Plague in India, 1896, 1897 - Volume 2
Year: 1896
Disease focus: Plague
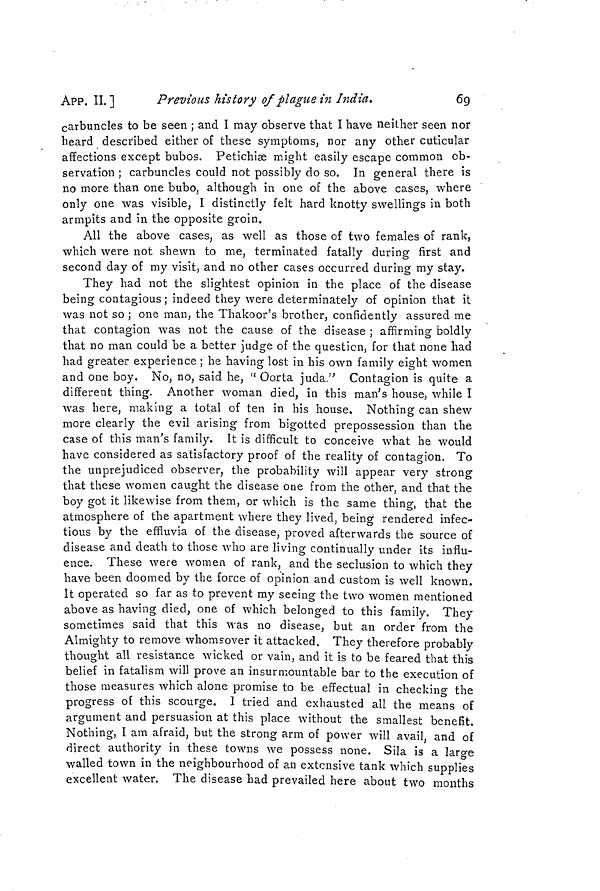
APP. II, ]
Previous history of plague in India.
69
carbuncles to be seen ; and I may observe that I have neither seen nor
heard described either of these symptoms, nor any other cuticular
affections except bubos. Petichise might easily escape common ob-
servation ; carbuncles could not possibly do so. In general there is
no more than one bubo, although in one of the above cases, where
only one was visible, I distinctly felt hard knotty swellings in both
armpits and in the opposite groin.
All the above cases, as well as those of two females of rank,
which were not shewn to me, terminated fatally during first and
second day of my visit, and no other cases occurred during my stay.
They had not the slightest opinion in the place of the disease
being contagious; indeed they were determinately of opinion that it
was not so ; one man, the Thakoor's brother, confidently assured me
that contagion was not the cause of the disease ; affirming boldly
that no man could be a better judge of the question, for that none had
had greater experience ; he having lost in his own family eight women
and one boy. No, no, said he, " Oorta juda." Contagion is quite a
different thing. Another woman died, in this man's house, while I
was here, making a total of ten in his house. Nothing can shew
more clearly the evil arising from bigotted prepossession than the
case of this man's family. It is difficult to conceive what he would
have considered as satisfactory proof of the reality of contagion. To
the unprejudiced observer, the probability will appear very strong
that these women caught the disease one from the other, and that the
boy got it likewise from them, or which is the same thing, that the
atmosphere of the apartment where they lived, being rendered infec-
tious by the effluvia of the disease, proved afterwards the source of
disease and death to those who are living continually under its influ-
ence. These were women of rank, and the seclusion to which they
have been doomed by the force of opinion and custom is well known.
It operated so far as to prevent my seeing the two women mentioned
above as having died, one of which belonged to this family. They
sometimes said that this was no disease, but an order from the
Almighty to remove whomsover it attacked. They therefore probably
thought all resistance wicked or vain, and it is to be feared that this
belief in fatalism will prove an insurmountable bar to the execution of
those measures which alone promise to be effectual in checkino- the
progress of this scourge. I tried and exhausted all the means of
argument and persuasion at this place without the smallest benefit.
Nothing, I am afraid, but the strong arm of power will avail, and of
direct authority in these towns we possess none. Sila is a large
walled town in the neighbourhood of an extensive tank which supplies
excellent water. The disease had prevailed here about two months